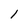
Character: 1